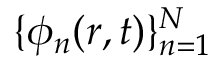
\{ \phi _ { n } ( \boldsymbol { r } , t ) \} _ { n = 1 } ^ { N }